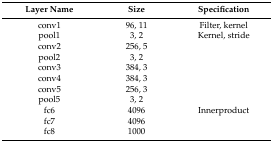
<table><thead><tr><td><b>Layer Name</b></td><td><b>Size</b></td><td><b>Specification</b></td></tr></thead><tbody><tr><td>conv1</td><td>96, 11</td><td>Filter, kernel</td></tr><tr><td>pool1</td><td>3, 2</td><td>Kernel, stride</td></tr><tr><td>conv2</td><td>256, 5</td><td>[EMPTY_CELL]</td></tr><tr><td>pool2</td><td>3, 2</td><td>[EMPTY_CELL]</td></tr><tr><td>conv3</td><td>384, 3</td><td>[EMPTY_CELL]</td></tr><tr><td>conv4</td><td>384, 3</td><td>[EMPTY_CELL]</td></tr><tr><td>conv5</td><td>256, 3</td><td>[EMPTY_CELL]</td></tr><tr><td>pool5</td><td>3, 2</td><td>[EMPTY_CELL]</td></tr><tr><td>fc6</td><td>4096</td><td>Innerproduct</td></tr><tr><td>fc7</td><td>4096</td><td>[EMPTY_CELL]</td></tr><tr><td>fc8</td><td>1000</td><td>[EMPTY_CELL]</td></tr></tbody></table>